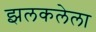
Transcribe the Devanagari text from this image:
झलकलेला